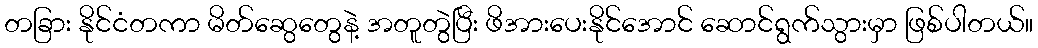
တခြား နိုင်ငံတကာ မိတ်ဆွေတွေနဲ့ အတူတွဲပြီး ဖိအားပေးနိုင်အောင် ဆောင်ရွက်သွားမှာ ဖြစ်ပါတယ်။